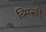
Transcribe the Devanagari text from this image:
चिम्प्स्की